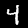
Label: 4